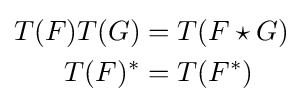
{\begin{aligned}T(F)T(G)&=T(F\star G)\\T(F)^{*}&=T(F^{*})\end{aligned}}